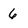
Character: 6